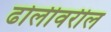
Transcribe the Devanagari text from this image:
ढोलीवरील